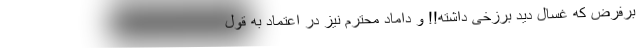
برفرض که غسال دید برزخی داشته!! و داماد محترم نیز در اعتماد به قول